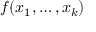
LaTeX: f ( x _ { 1 } , \dots , x _ { k } )